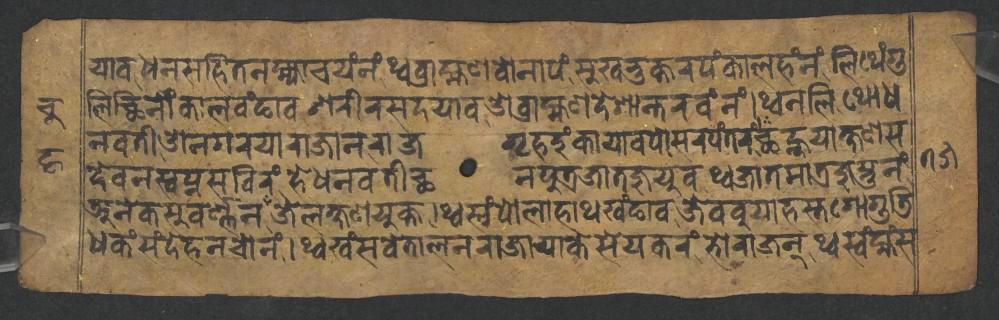
𑐫𑐵𑐰𑐢𑐣𑐳𑐴𑐶𑐟𑐣𑐩𑑂𑐴𑑂𑐫𑐵𑐔𑐫𑑄𑐣𑑄𑐠𑑂𑐰𑐧𑑂𑐬𑐵𑐴𑑂𑐩𑐞𑐰𑑀𑐣𑐵𑐥𑑄𑐳𑐸𑐏𑐨𑐸𑐎𑑂𑐟𑐬𑐥𑑄𑐎𑐵𑐮𑐴𑑄𑐣𑑄𑐮𑐶𑐠𑐾𑑄𑐐𑐸 𑐮𑐶𑐕𑐶𑐣𑑀𑑄𑐎𑐵𑐮𑐰𑑄𑐒𑐵𑐰𑐱𑐬𑐷𑐬𑐳𑐡𑐫𑐵𑐰𑐌𑐧𑑂𑐬𑐵𑐴𑑂𑐩𑐞𑐡𑐾𑐱𑐵𑐣𑑂𑐟𑐬𑐰𑑄𑐣𑑄𑑋𑐠𑑂𑐰𑐣𑐮𑐶𑐠𑑀𑐢 𑐣𑐰𑐟𑐷𑐌𑐣𑐐𑐬𑐫𑐵𑐬𑐵𑐖𑐵𑐣𑐬𑐵𑐖𑐐𑐺𑐴𑐡𑐸𑑄𑐎𑐵𑐫𑐵𑐰𑐥𑑀𑐳𑐬𑐥𑑄𑐟𑐬𑑄𑐕𑐣𑑂𑐴𑐸𑐫𑐵𑐎𑑂𑐲𑐞𑐳 𑐡𑐾𑐰𑐣𑐳𑑂𑐰𑐥𑑂𑐣𑐳𑐧𑐶𑐬𑑄𑐴𑐾𑐢𑐣𑐰𑐟𑐷𑐕𑐣𑐥𑐸𑐟𑑂𑐬𑐖𑐵𑐟𑐖𑐸𑐫𑐸𑐰𑐠𑑂𑐰𑐖𑐵𑐟𑐩𑐵𑐟𑑂𑐬𑐖𑐸𑐳𑑂𑐟𑐸𑐣𑑄 𑐀𑐣𑐾𑐎𑐳𑐸𑐰𑐬𑑂𑐞𑑂𑐞𑐖𑐾𑐮𑐎𑑂𑐲𑐞𑐫𑐸𑐎𑑂𑐟𑑋𑐠𑑂𑐰𑐳𑑂𑐰𑑄𑐥𑑀𑐮𑐵𑐴𑐵𑐠𑐏𑑄𑐒𑐵𑐰𑐖𑐾𑐧𑐧𑐸𑐫𑐵𑐴𑐳𑑂𑐟𑐐𑑀𑐐𑐸𑐜𑐶 𑐢𑐎𑑄𑐳𑑄𑐡𑐾𑐴𑐣𑐔𑑀𑐣𑑄𑑋𑐠𑑂𑐰𑐏𑑄𑐳𑐰𑐾𑐟𑐵𑐮𑐣𑐬𑐵𑐖𑐵𑐫𑐵𑐎𑐾𑐳𑐾𑐫𑐎𑐬𑑄𑐨𑑀𑐬𑐵𑐖𑐣𑑂𑐠𑑂𑐰𑐳𑑂𑐰𑑄𑐩𑑂𑐴𑑄𑐳